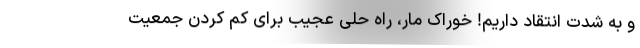
و به شدت انتقاد داریم! خوراک مار، راه حلی عجیب برای کم کردن جمعیت